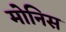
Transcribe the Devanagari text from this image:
मोनिस